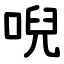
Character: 唲